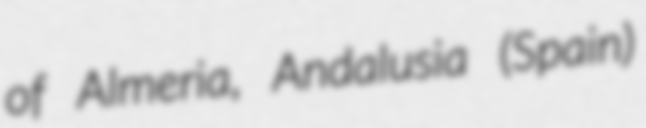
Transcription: of Almeria, Andalusia (Spain)